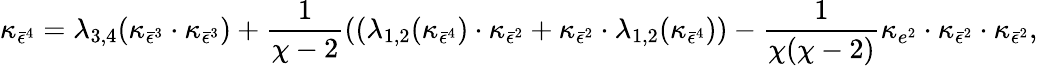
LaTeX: \kappa_{\bar{\epsilon}^{4}}=\lambda_{3,4}(\kappa_{\bar{\epsilon}^{3}}\cdot\kappa_{\bar{\epsilon}^{3}})+\frac{1}{\chi-2}\left((\lambda_{1,2}(\kappa_{\bar{\epsilon}^{4}})\cdot\kappa_{\bar{\epsilon}^{2}}+\kappa_{\bar{\epsilon}^{2}}\cdot\lambda_{1,2}(\kappa_{\bar{\epsilon}^{4}})\right)-\frac{1}{\chi(\chi-2)}\kappa_{e^{2}}\cdot\kappa_{\bar{\epsilon}^{2}}\cdot\kappa_{\bar{\epsilon}^{2}},